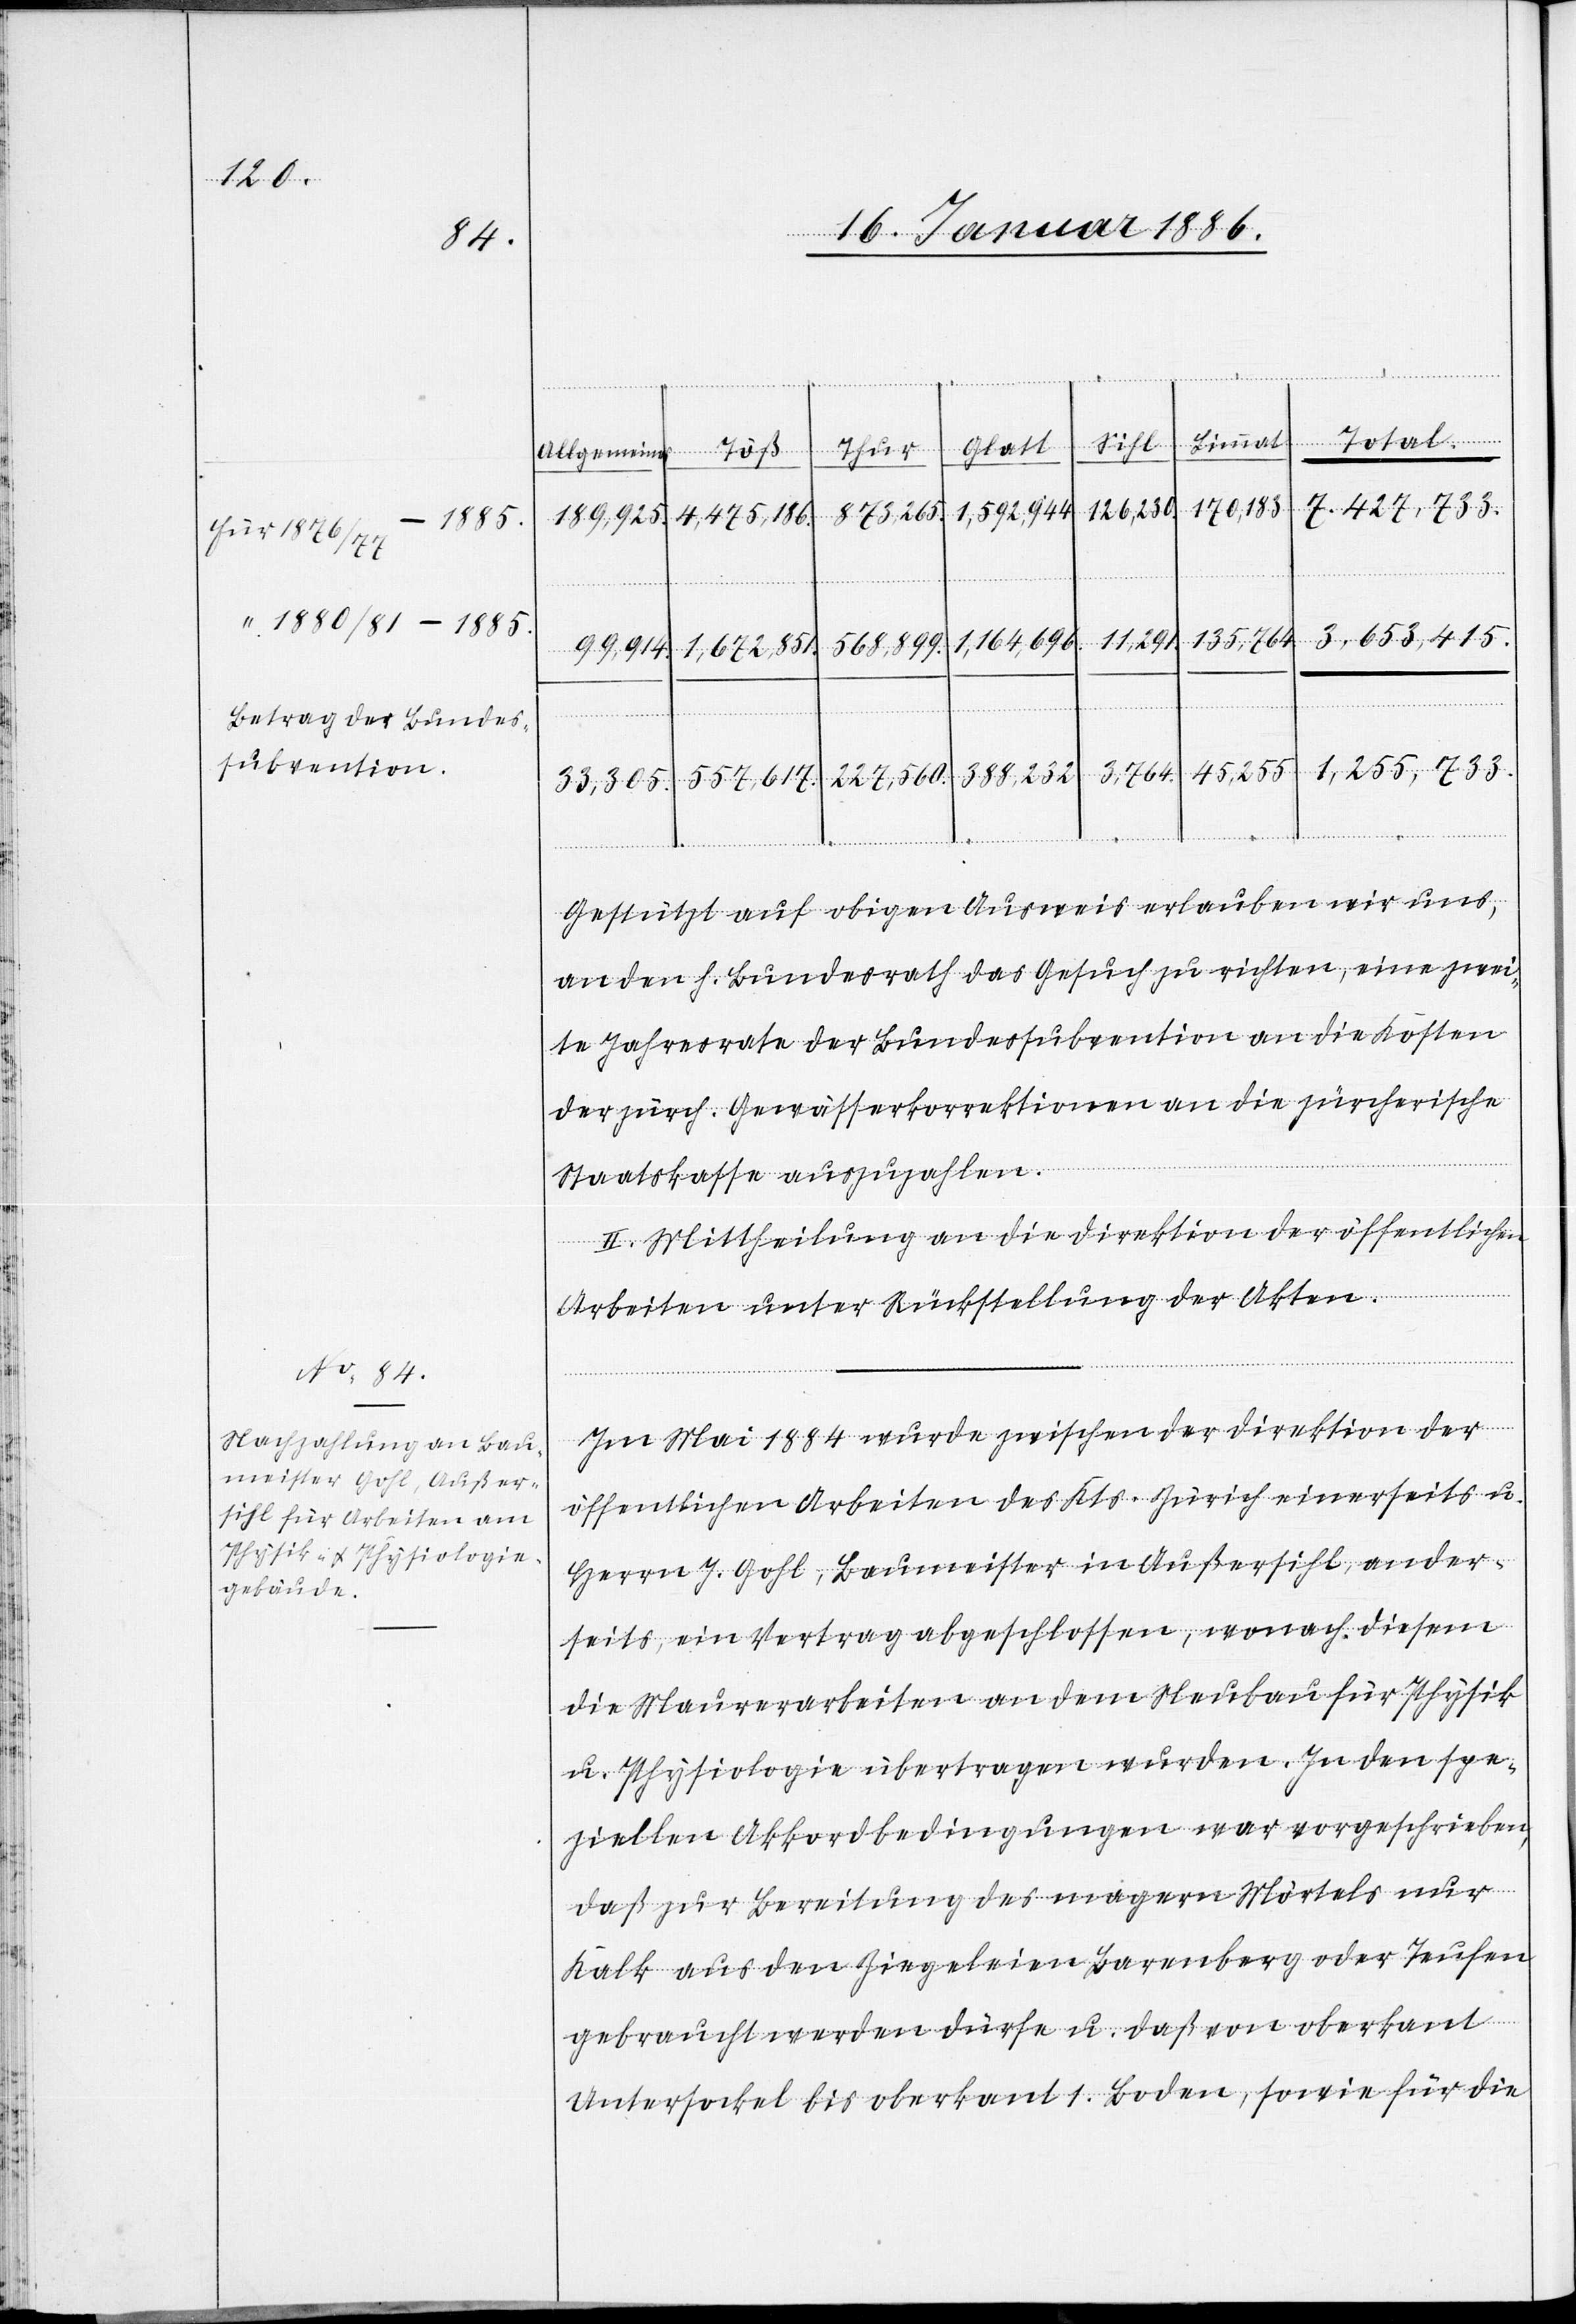
für 1876/77–1885
“ 1880/81–1885
Betrag der Bundes¬
subvention.

Total
Limmat
Sihl
Glatt
Thur
Allgemeines
170,183.
1,592,944.
126,230.
873,265.
3,653,415.
1,164,696.
135,764.
568,899.
99,914.
1,672.851.
1,255,733.
45,255.
3,764.
388,232.
227,560.
557,617.
33,305.
Gestützt auf obigen Ausweis erlauben wir uns,
an den h. Bundesrath das Gesuch zu richten, einen zwei¬
te Jahresrate der Bundessubvention an die Kosten
der zürch. Gewässerkorrektion an die zürcherische
Staatskasse auszuzahlen.
II. Mittheilung an die Direktion der öffentlichen
Arbeiten unter Rückstellung der Akten.
Im Mai 1884 wurde zwischen der Direktion der
öffentlichen Arbeiten des Kts. Zürich einerseits u.
Herren J. Gohl, Baumeister in Außersihl, ander¬
seits, ein Vertrag abgeschlossen, wonach diesem
die Maurerarbeit an dem Neubau für Physik
u. Physiologie übertragen wurden. In dem spe¬
ziellen Akkordbedingungen war vorgeschrieben,
daß zur Bereitung des magern Mörtels nur
Kalk aus den Ziegeleien Barenberg oder Teufen
gebraucht werden dürfe u. daß von oberkant
Untersockel bis oberkant 1. Boden, sowie für die